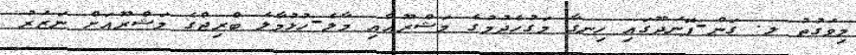
މިވަގުތު ލ. ގަން-ފޮނަދޫގައި ހިނގާ މަގުހެދުމުގެ މަޝްރޫއާއި މާލެ-ހުޅުމާލެ ބްރިޖްގެ މަޝްރޫއަށް ނަޒަރު